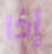
إذا